Sanitation, dispensaries and jails vaccination Rajputana 1922-1927 - 1922-1927
Year: 1922
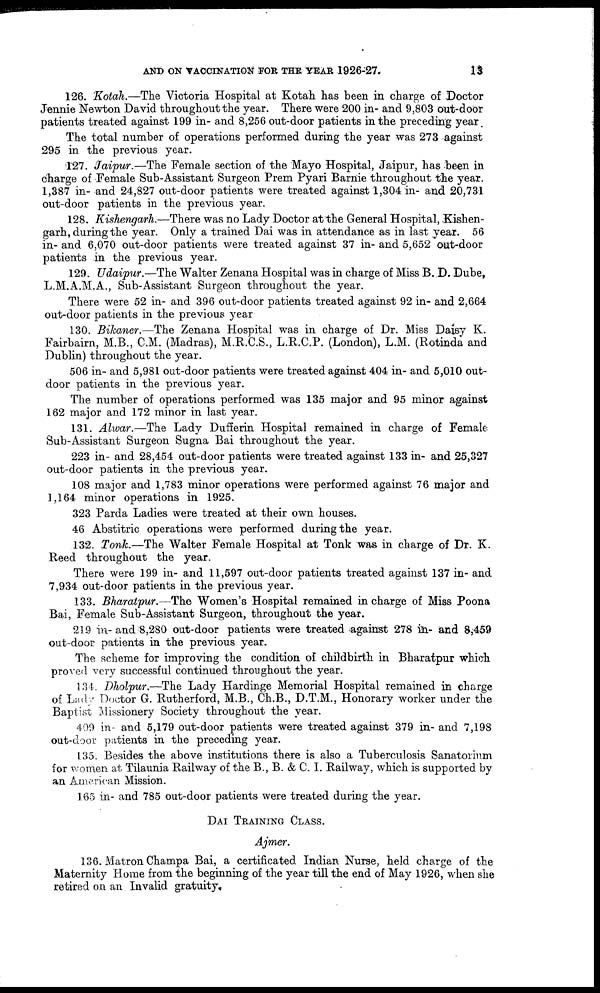
AND ON VACCINATION FOR THE YEAR 1926-27.
13
126. Kotah.—The Victoria Hospital at Kotah has been in charge of Doctor
Jennie Newton David throughout the year. There were 200 in- and 9,803 out-door
patients treated against 199 in- and 8,256 out-door patients in the preceding year.
The total number of operations performed during the year was 273 against
295 in the previous year.
127. Jaipur.—The Female section of the Mayo Hospital, Jaipur, has been in
charge of Female Sub-Assistant Surgeon Prem Pyari Barnie throughout the year.
1,387 in- and 24,827 out-door patients were treated against 1,304 in- and 20,731
out-door patients in the previous year.
128. Kishengarh.—There was no Lady Doctor at the General Hospital, Kishen-
garh, during the year. Only a trained Dai was in attendance as in last year. 56
in- and 6,070 out-door patients were treated against 37 in- and 5,652 out-door
patients in the previous year.
129. Udaipur.—The Walter Zenana Hospital was in charge of Miss B. D. Dube,
L.M.A.M.A., Sub-Assistant Surgeon throughout the year.
There were 52 in- and 396 out-door patients treated against 92 in- and 2,664
out-door patients in the previous year
130. Bikaner.—The Zenana Hospital was in charge of Dr. Miss Daisy K.
Fairbairn, M.B., C.M. (Madras), M.R.C.S., L.R.C.P. (London), L.M. (Rotinda and
Dublin) throughout the year.
506 in- and 5,981 out-door patients were treated against 404 in- and 5,010 out-
door patients in the previous year.
The number of operations performed was 135 major and 95 minor against
162 major and 172 minor in last year.
131. Alwar.—The Lady Dufferin Hospital remained in charge of Female
Sub-Assistant Surgeon Sugna Bai throughout the year.
223 in- and 28,454 out-door patients were treated against 133 in- and 25,327
out-door patients in the previous year.
108 major and 1,783 minor operations were performed against 76 major and
1,164 minor operations in 1925.
323 Parda Ladies were treated at their own houses.
46 Abstitric operations were performed during the year.
132. Tonk.—The Walter Female Hospital at Tonk was in charge of Dr. K.
Reed throughout the year.
There were 199 in- and 11,597 out-door patients treated against 137 in- and
7,934 out-door patients in the previous year.
133. Bharatpur.—The Women's Hospital remained in charge of Miss Poona
Bai, Female Sub-Assistant Surgeon, throughout the year.
219 in- and 8,280 out-door patients were treated against 278 in and 8,459
out-door patients in the previous year.
The scheme for improving the condition of childbirth in Bharatpur which
proved very successful continued throughout the year.
134. Dholpur.—The Lady Hardinge Memorial Hospital remained in charge
of Lady Doctor G. Rutherford, M.B., Ch.B., D.T.M., Honorary worker under the
Baptist Missionery Society throughout the year.
409 in- and 5,179 out-door patients were treated against 379 in- and 7,198
out-door patients in the preceding year.
135. Besides the above institutions there is also a Tuberculosis Sanatorium
for women at Tilaunia Railway of the B., B. & C. I. Railway, which is supported by
an American Mission.
165 in- and 785 out-door patients were treated during the year.
DAI TRAINING CLASS.
Ajmer.
136. Matron Champa Bai, a certificated Indian Nurse, held charge of the
Maternity Home from the beginning of the year till the end of May 1926, when she
retired on an Invalid gratuity.